Maemoisa_(Sinalepa)_vallavalitsus, lk 12
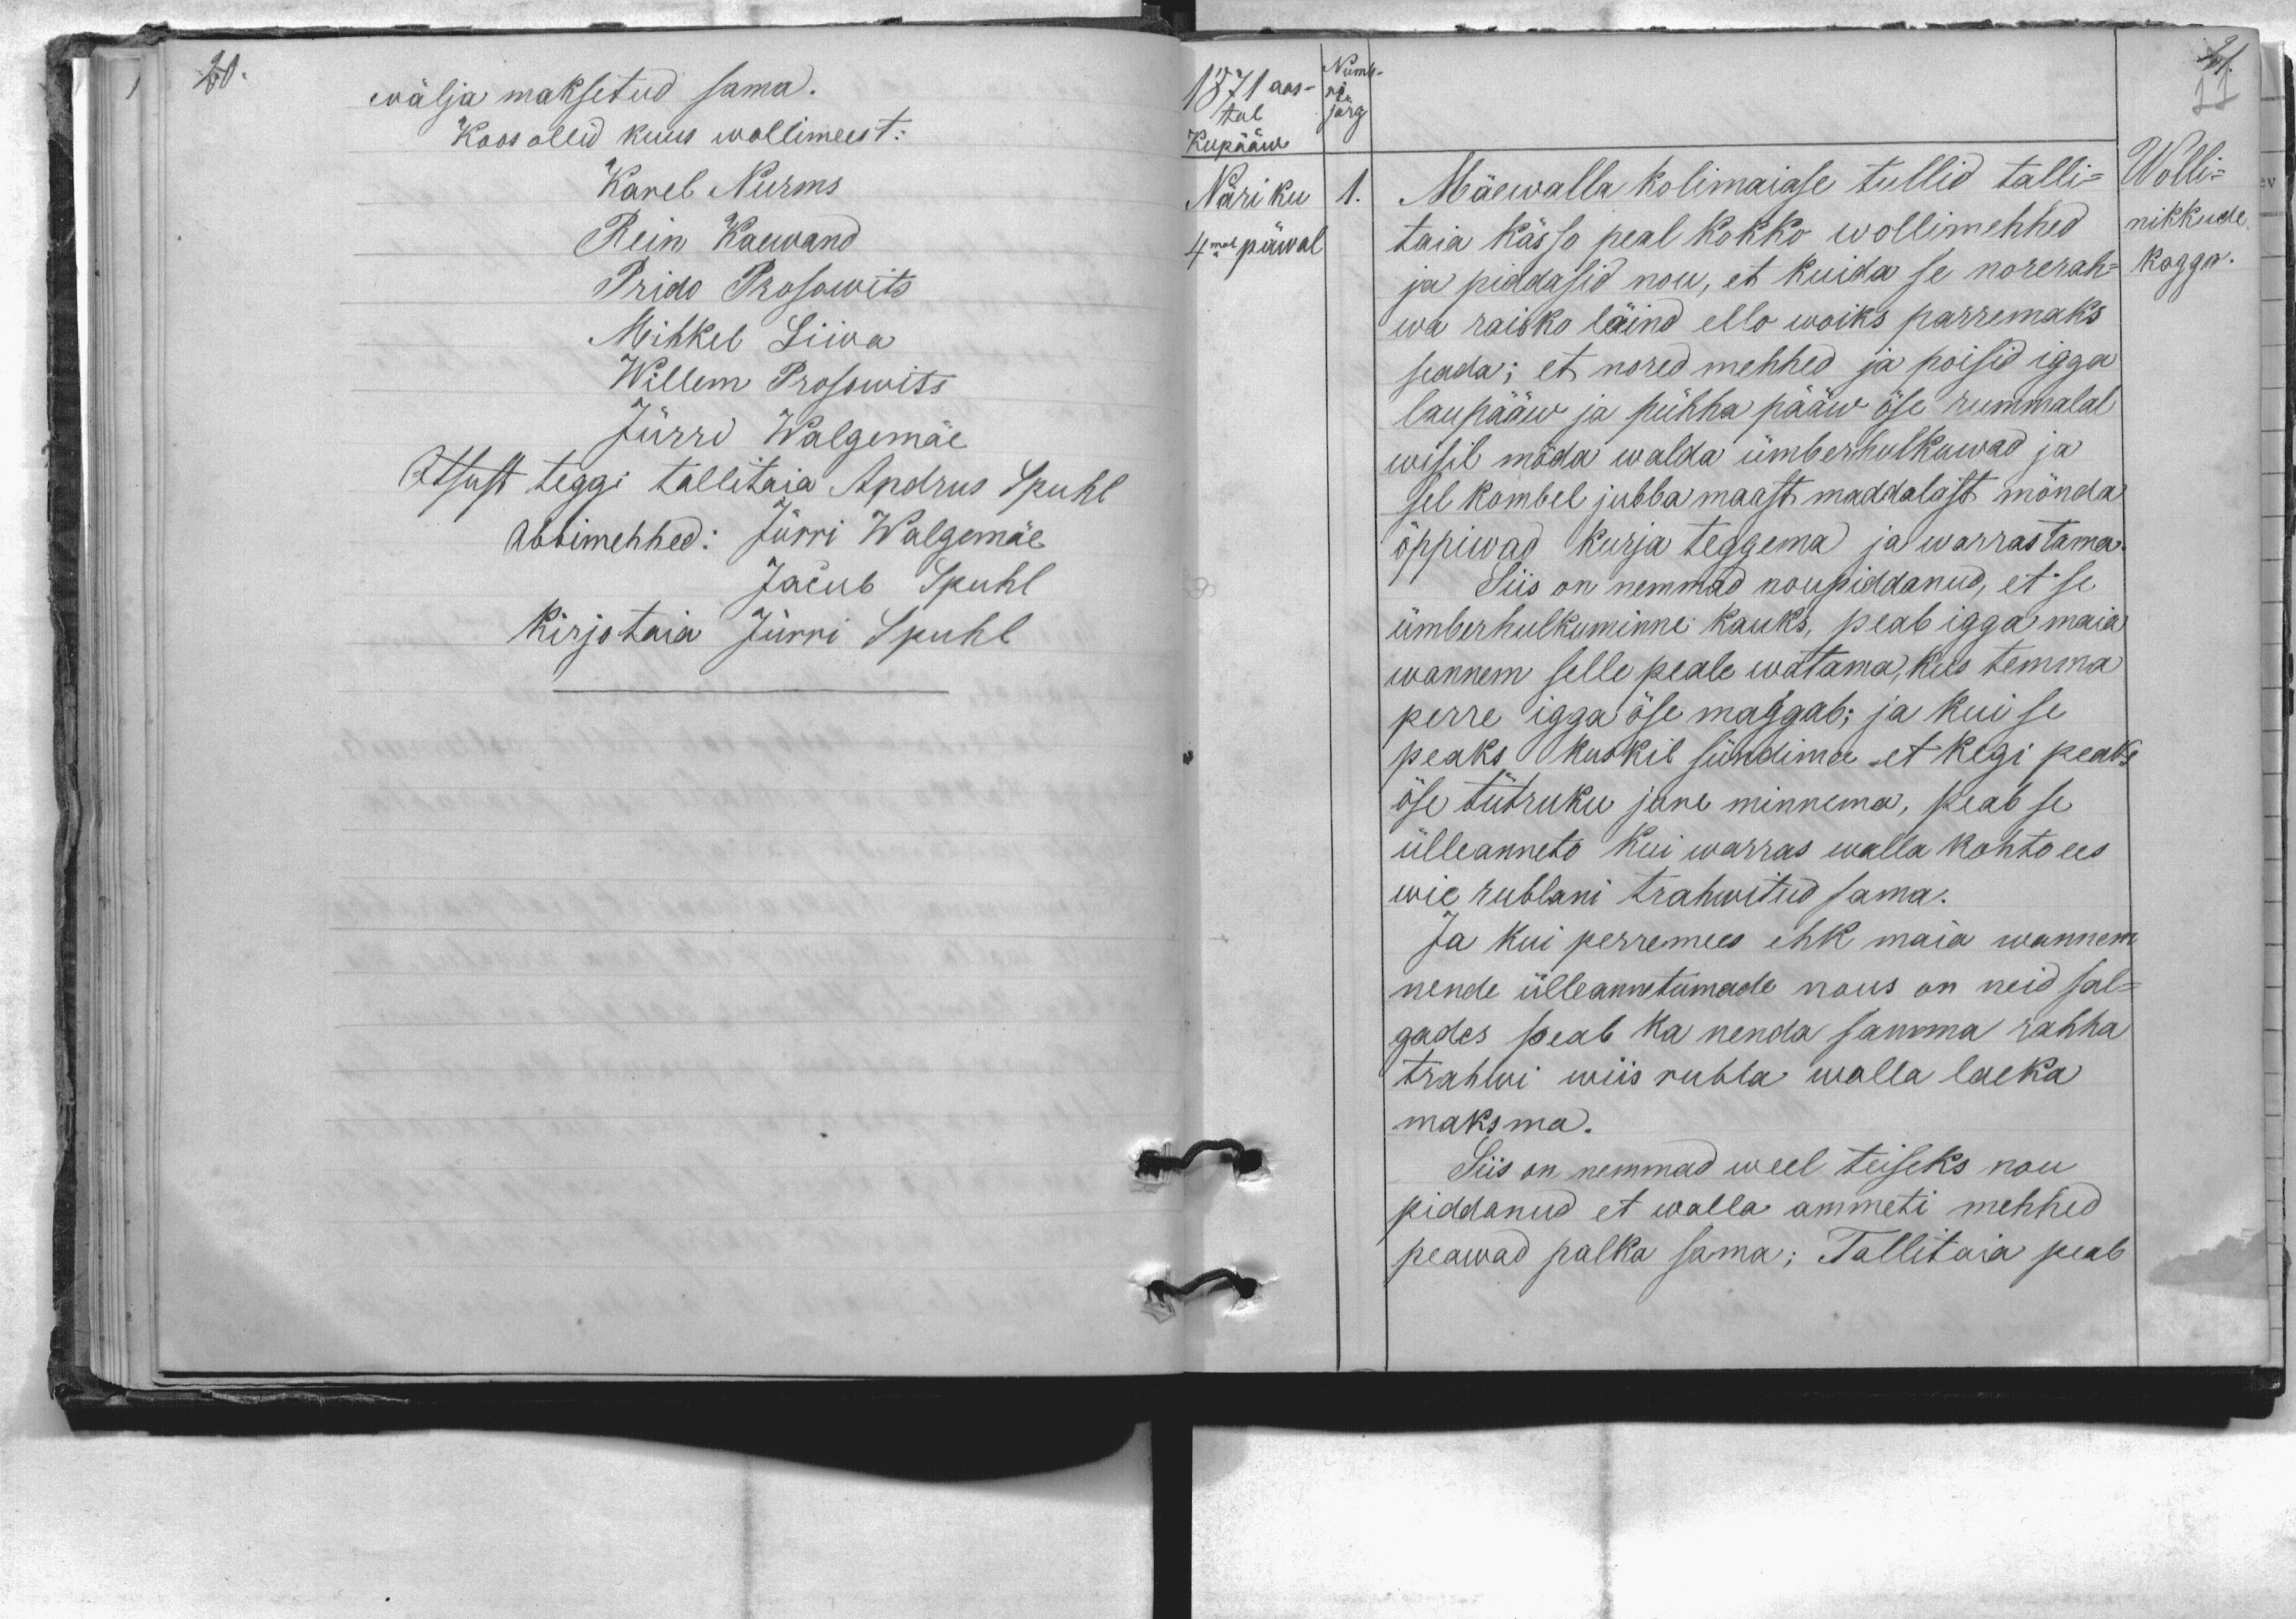
wälja maksetud sama.
Koos ollid kuus wollimeest:
Karel Nurms
Rein Kaewand
Prido Prosowits
Mihkel Liiva
Willem Prosowits
Jürri Walgemäe
Otsust teggi tallitaia Andrus Spuhl
Abbimehhed: Jürri Walgemäe
Jacub Spuhl
Kirjotaia Jürri Spuhl

1871 aas-
tal
Kupääw
Näriku
4mal päwal
Numb-
ri
järg
1. Mäewalla kolimaiase tullid talli-
Wolli-
taia kässo peal kokko wollimehhed
nikkude
ja piddasid nou, et kuida se norerah-
koggo.
wa raisko läind ello woiks parremaks
seada; et nored mehhed ja poisid igga
laupääw ja pühha pääw öse rummalal
wisil möda walda ümberhulkuwad ja
sel kombel jubba maast maddalast mõnda
õppiwad kurja teggema ja warrastama
Siis on nemmad nõupidanud, et se
ümberhulkuminne kauks, peab igga maia
wannem selle peale watama, kus temma
perre igga öse maggab; ja kui se
peaks kuskil sündima et kegi peaks
öse tütruku jure minnema, peab se
ülleanneto kui warras walla kohto ees
wie rublani trahwitud sama.
Ja kui perremees ehk maia wannem
nende ülleannetumade nous on neid sal-
gades peab ka nenda samma rahha
trahwi wiis rubla walla laeka
maksma.
Siis on nemmad weel teiseks nou
piddanud et walla ammeti mehhed
peawad palka sama; Tallitaja peab